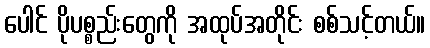
ပေါင် ပိုပစ္စည်းတွေကို အထုပ်အတိုင်း စစ်သင့်တယ်။